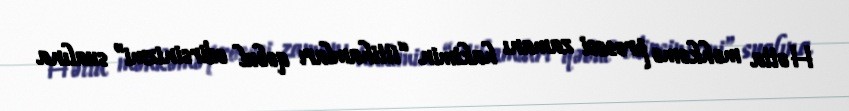
Hətta məhkəmə prosesi zamanı hakimin “ittihamları qəbul edirsinizmi” sualına